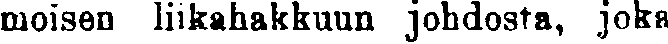
moisen liikahakkuun johdosta, joka